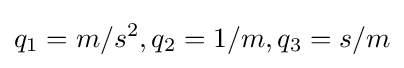
q_{1}=m/s^{2},q_{2}=1/m,q_{3}=s/m